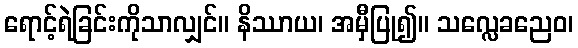
ရောင့်ရဲခြင်းကိုသာလျှင်။ နိဿာယ၊ အမှီပြု၍။ သလ္လေခညေဝ၊